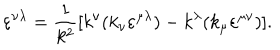
LaTeX: \varepsilon ^ { \nu \lambda } = \frac { 1 } { k ^ { 2 } } [ k ^ { \nu } ( k _ { \nu } \varepsilon ^ { \mu \lambda } ) - k ^ { \lambda } ( k _ { \mu } \varepsilon ^ { \mu \nu } ) ] .